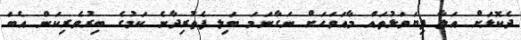
ދެކޮޅަށް އަލާ ފިޔަވަޅުތައް މާއަވަހަށް ނަގާނަމަ ބަލި ފެތުރިދާނެ ކަމުގެ ބިރުވެރިކަން އެބަ